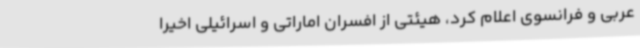
عربی و فرانسوی اعلام کرد، هیئتی از افسران اماراتی و اسرائیلی اخیرا